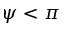
\psi < \pi